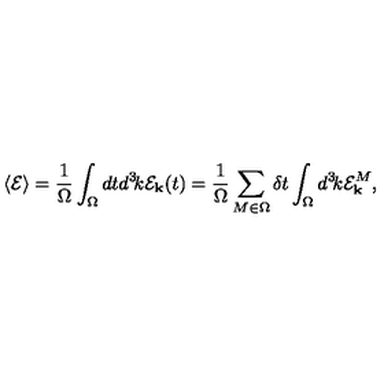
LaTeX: \langle { \cal E } \rangle = { \frac { 1 } { \Omega } } \int _ { \Omega } d t d ^ { 3 } \! k { \cal E } _ { \bf k } ( t ) = { \frac { 1 } { \Omega } } \sum _ { M \in \Omega } \delta t \int _ { \Omega } d ^ { 3 } \! k { \cal E } _ { \bf k } ^ { M } ,